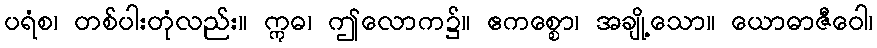
ပရံစ၊ တစ်ပါးတုံလည်း။ ဣဓ၊ ဤလောက၌။ ဧကစ္စော၊ အချို့သော။ ယောဓာဇီဝေါ၊